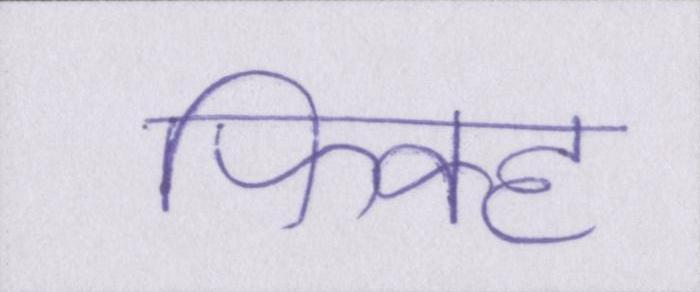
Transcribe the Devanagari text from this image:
फिक्ह